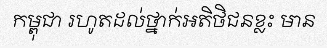
កម្ពុជា រហូតដល់ថ្នាក់អតិថិជនខ្លះ មាន